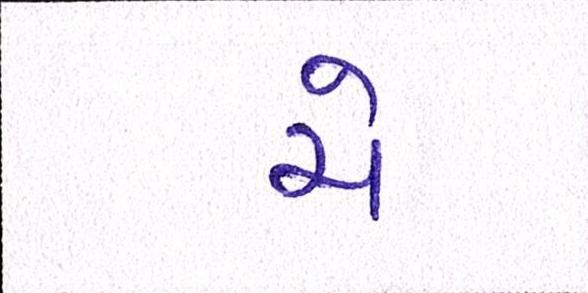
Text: ચે